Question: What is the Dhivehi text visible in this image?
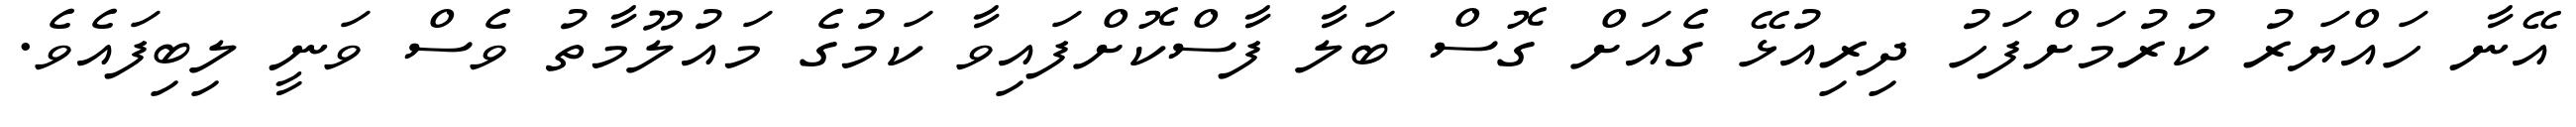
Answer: އޭނާ ހައްޔަރު ކުރުމަށްފަހު ދިރިއުޅޭ ގެއަށް ގޮސް ބަލާ ފާސްކޮށްފައިވާ ކަމުގެ މައުލޫމާތު ވެސް ވަނީ ލިބިފައެވެ.